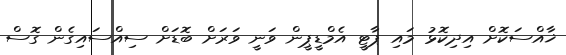
ޚާއްސަކޮށް އިދިކޮޅު މައި ޕާޓީ އެމްޑީޕީން ވަނީ ވަރަށް ބޮޑަށް ސިއްސައިގެން ގޮސް